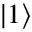
| 1 \rangle